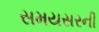
સમયસરની